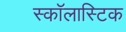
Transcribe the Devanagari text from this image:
स्कॉलास्टिक